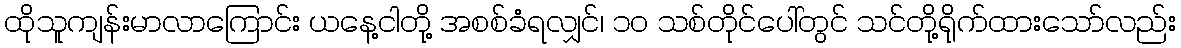
ထိုသူကျန်းမာလာကြောင်း ယနေ့ငါတို့ အစစ်ခံရလျှင်၊ ၁၀ သစ်တိုင်ပေါ်တွင် သင်တို့ရိုက်ထားသော်လည်း